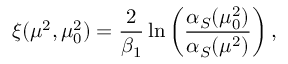
\xi ( \mu ^ { 2 } , \mu _ { 0 } ^ { 2 } ) = \frac { 2 } { \beta _ { 1 } } \ln \left( \frac { \alpha _ { S } ( \mu _ { 0 } ^ { 2 } ) } { \alpha _ { S } ( \mu ^ { 2 } ) } \right) ,